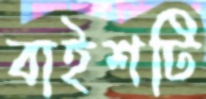
বাইশটি